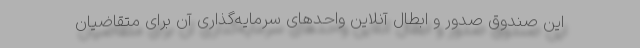
این صندوق صدور و ابطال آنلاین واحدهای سرمایه‌گذاری آن برای متقاضیان